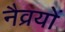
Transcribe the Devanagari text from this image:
नैव्रयों